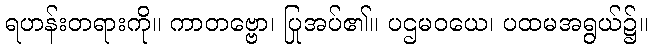
ရဟန်းတရားကို။ ကာတဗ္ဗော၊ ပြုအပ်၏။ ပဌမဝယေ၊ ပထမအရွယ်၌။